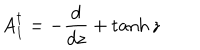
A _ { 1 } ^ { \dagger } = - { \frac { d } { d z } } + \tanh z